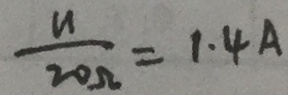
\frac { u } { 2 0 \Omega } = 1 . 4 A